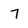
Character: 7